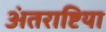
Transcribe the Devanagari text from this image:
अंतराष्टिया